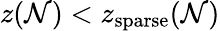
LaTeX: z(\mathcal{N})<z_{\mathrm{{sparse}}}(\mathcal{N})